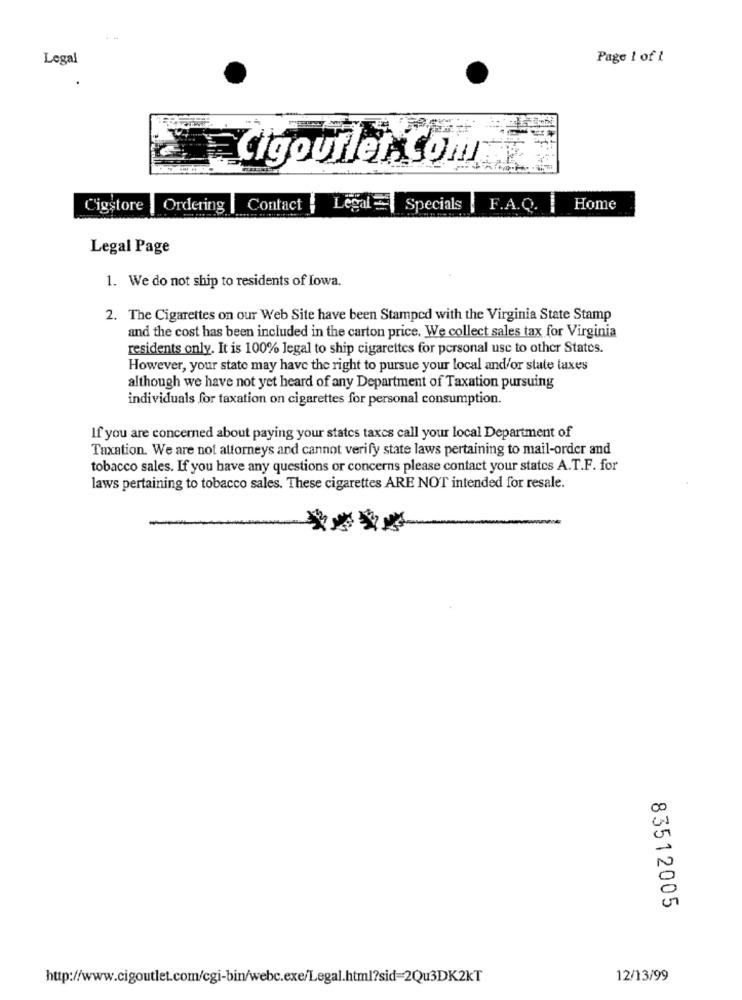
Legal
Page 1 of 1
cigoutlet. Com
Cigstore
Ordering | Contact
Legal
Specials
F.A.Q. | Home
Legal Page
1. We do not ship to residents of Iowa.
2. The Cigarettes on our Web Site have been Stamped with the Virginia State Stamp
and the cost has been included in the carton price. We collect sales tax for Virginia
residents only. It is 100% legal to ship cigarettes for personal use to other States.
However, your state may have the right to pursue your local and/or state taxes
although we have not yet heard of any Department of Taxation pursuing
individuals for taxation on cigarettes for personal consumption.
If you are concerned about paying your states taxes call your local Department of
Taxation. We are not attorneys and cannot verify state laws pertaining to mail-order and
tobacco sales. If you have any questions or concerns please contact your states A.T.F. for
laws pertaining to tobacco sales. These cigarettes ARE NOT intended for resale.
83512005
http://www.cigoutlet.com/cgi-bin/webc.exe/Legal.html?sid=2Qu3DK2kT
12/13/99